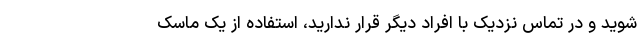
شوید و در تماس نزدیک با افراد دیگر قرار ندارید، استفاده از یک ماسک